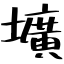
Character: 壙